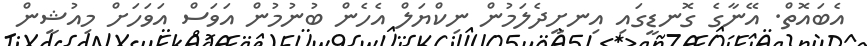
އެބައޮތް. އޭނާގެ ގޮނޑީގައި އިނށީދެލަމުން ނިކްޔަލް އެހެން ބުނުމުން އަވަސް އަވަހަަށް މިއުޝީން